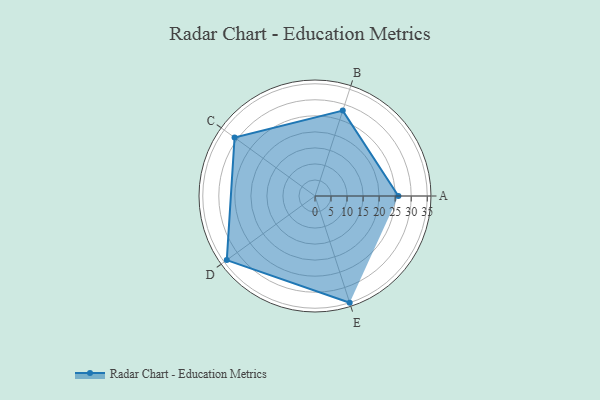
{"axis": {"x": "Skill", "y": "Score"}, "legend": ["Profile"], "data": [{"x": "A", "y": 26.0, "type": "Profile"}, {"x": "B", "y": 28.0, "type": "Profile"}, {"x": "C", "y": 31.0, "type": "Profile"}, {"x": "D", "y": 34.0, "type": "Profile"}, {"x": "E", "y": 35.0, "type": "Profile"}]}